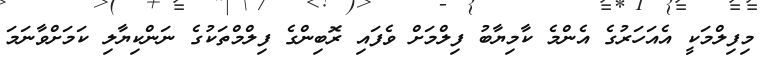
މިފިލްމަކީ އެއަހަރުގެ އެންމެ ކާމިޔާބު ފިލްމަށް ވެފައި ރޮބިންގެ ފިލްމްތަކުގެ ނަންކިޔާލި ކަމަށްވާނަމަ